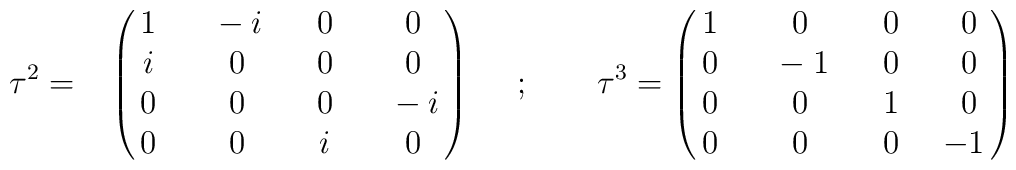
\tau^2 =~~ \pmatrix {1~&~-i~&~0~&~0\cr i~&~0~&~0~&~0\cr0~&~0~&~0~&~-i\cr 0~&~0~&~i~&~0\cr} \quad~ ; \qquad\tau^3 = \pmatrix {1~&~0~&~0~&~0\cr 0~&~-1~&~0~&~0\cr0~&~0~&~1~&~0\cr 0~&~0~&~0~&-1\cr}